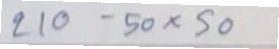
210 - 50 x 50